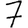
Digit: 7